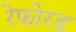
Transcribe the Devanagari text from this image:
रेफोरड